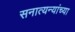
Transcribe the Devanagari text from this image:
सनात्यन्यांच्या